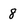
Character: 8